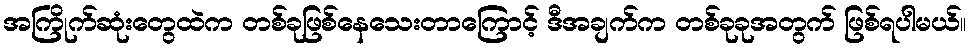
အကြိုက်ဆုံးတွေထဲက တစ်ခုဖြစ်နေသေးတာကြောင့် ဒီအချက်က တစ်ခုခုအတွက် ဖြစ်ရပါမယ်။